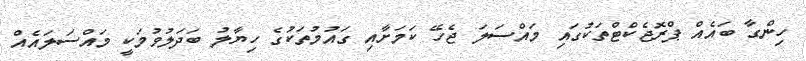
ހިންގާ ބައެއް ޕްރޮޖެކްޓްތަކުގައި މައްސަލަ ޖެހޭ ކަމަށާއި ގައުމުތަކުގެ ހިޔާލު ބަދަލުވުމަކީ މައްސަލައެއް